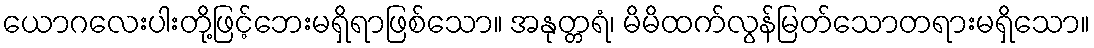
ယောဂလေးပါးတို့ဖြင့်ဘေးမရှိရာဖြစ်သော။ အနုတ္တရံ၊ မိမိထက်လွန်မြတ်သောတရားမရှိသော။